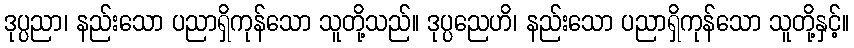
ဒုပ္ပညာ၊ နည်းသော ပညာရှိကုန်သော သူတို့သည်။ ဒုပ္ပညေဟိ၊ နည်းသော ပညာရှိကုန်သော သူတို့နှင့်။